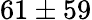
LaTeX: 61\pm 59